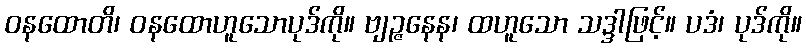
ဝနထောတိ၊ ဝနထောဟူသောပုဒ်ကို။ ဗျဉ္ဇနေန၊ ထဟူသော သဒ္ဒါဖြင့်။ ပဒံ၊ ပုဒ်ကို။